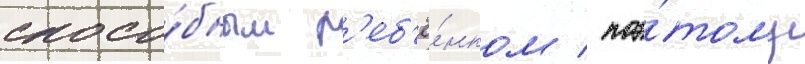
спосо́бным р'еб'ё́нком / поэ́тому